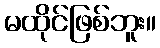
မထိုင်ဖြစ်ဘူး။